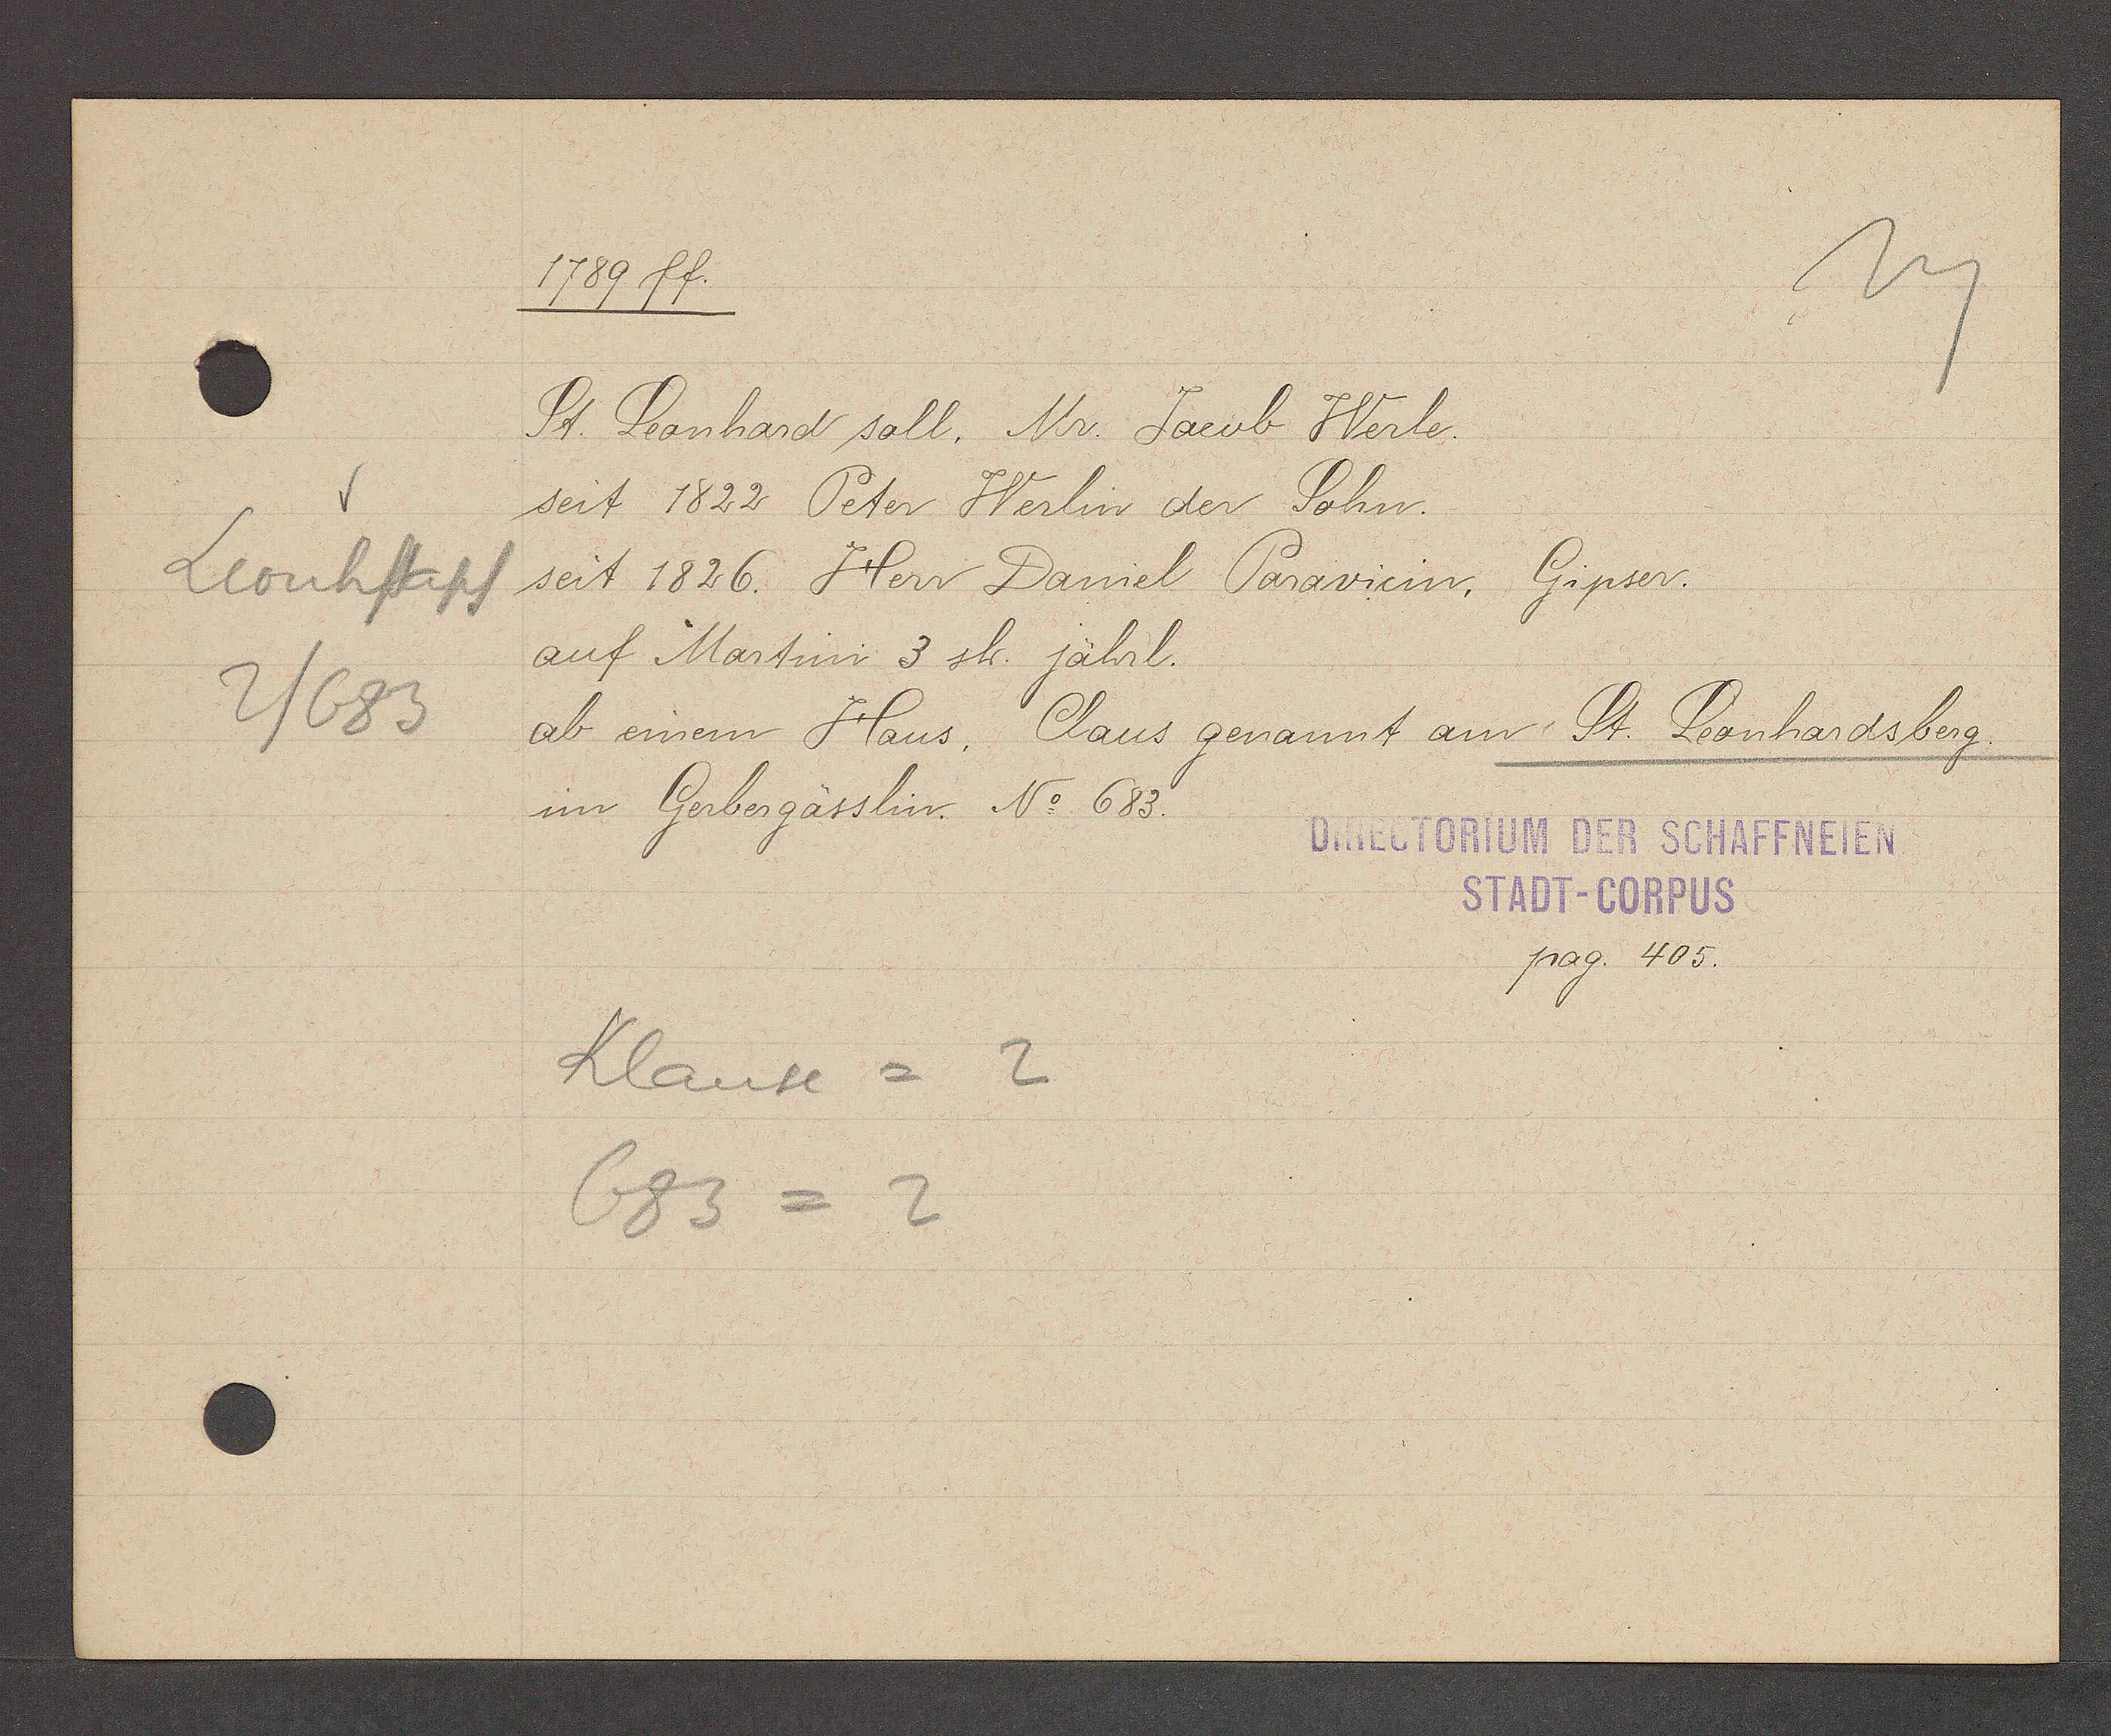
Transcript:
Leonhstapf
2/683

1789 ff.

St. Lonhard soll, Mr. Jacob Werle.
seit 1822 Peter Werlin der Sohn.
seit 1826. Herr Daniel Parawicin, Gipser.
auf Martini 3 sh. jährl.
ab einem Haus, Claus genannt am St. Leonhardsberg.
im Gerbergässlin. No 683.

Klause = 2
683 = 2

DIRECTORIUM DER SCHAFFNEIEN
STADT-CORPUS
pag. 405.